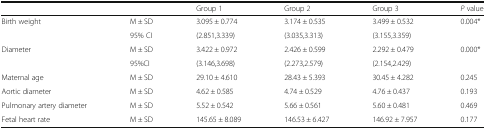
<table><thead><tr><td></td><td></td><td><b>Group 1</b></td><td><b>Group 2</b></td><td><b>Group 3</b></td><td><b><i>P</i> value</b></td></tr></thead><tbody><tr><td>Birth weight</td><td>M ± SD</td><td>3.095 ± 0.774</td><td>3.174 ± 0.535</td><td>3.499 ± 0.532</td><td>0.004*</td></tr><tr><td></td><td>95% CI</td><td>(2.851,3.339)</td><td>(3.035,3.313)</td><td>(3.155,3.359)</td><td></td></tr><tr><td>Diameter</td><td>M ± SD</td><td>3.422 ± 0.972</td><td>2.426 ± 0.599</td><td>2.292 ± 0.479</td><td>0.000*</td></tr><tr><td></td><td>95%CI</td><td>(3.146,3.698)</td><td>(2.273,2.579)</td><td>(2.154,2.429)</td><td></td></tr><tr><td>Maternal age</td><td>M ± SD</td><td>29.10 ± 4.610</td><td>28.43 ± 5.393</td><td>30.45 ± 4.282</td><td>0.245</td></tr><tr><td>Aortic diameter</td><td>M ± SD</td><td>4.62 ± 0.585</td><td>4.74 ± 0.529</td><td>4.76 ± 0.437</td><td>0.193</td></tr><tr><td>Pulmonary artery diameter</td><td>M ± SD</td><td>5.52 ± 0.542</td><td>5.66 ± 0.561</td><td>5.60 ± 0.481</td><td>0.469</td></tr><tr><td>Fetal heart rate</td><td>M ± SD</td><td>145.65 ± 8.089</td><td>146.53 ± 6.427</td><td>146.92 ± 7.957</td><td>0.177</td></tr></tbody></table>